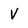
Character: V